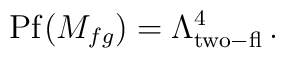
{\rm Pf} (M_{fg})=\Lambda^4_{\rm two-fl}\,.